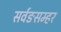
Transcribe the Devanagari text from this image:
सर्वङसम्हर